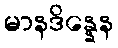
မာနဒိန္နေန